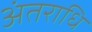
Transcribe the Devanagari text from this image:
अंतराधि